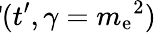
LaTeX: \! \! \! \! \! \! \! \! \! \! \! \! \! \! \! \! \! \! \! \! \! \! \! \! \! \! \! \! \! \! \! \! \! \! \! \! \! \! \! \! \! F\! F^{0}(t^{\prime})\, \, \, =\, \, \, F\! F(t^{\prime},\gamma={m_{\mathrm{e}}}^{2})\,